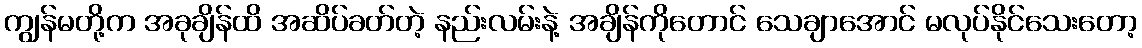
ကျွန်မတို့က အခုချိန်ထိ အဆိပ်ခတ်တဲ့ နည်းလမ်းနဲ့ အချိန်ကိုတောင် သေချာအောင် မလုပ်နိုင်သေးတော့